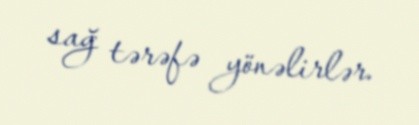
sağ tərəfə yönəlirlər.